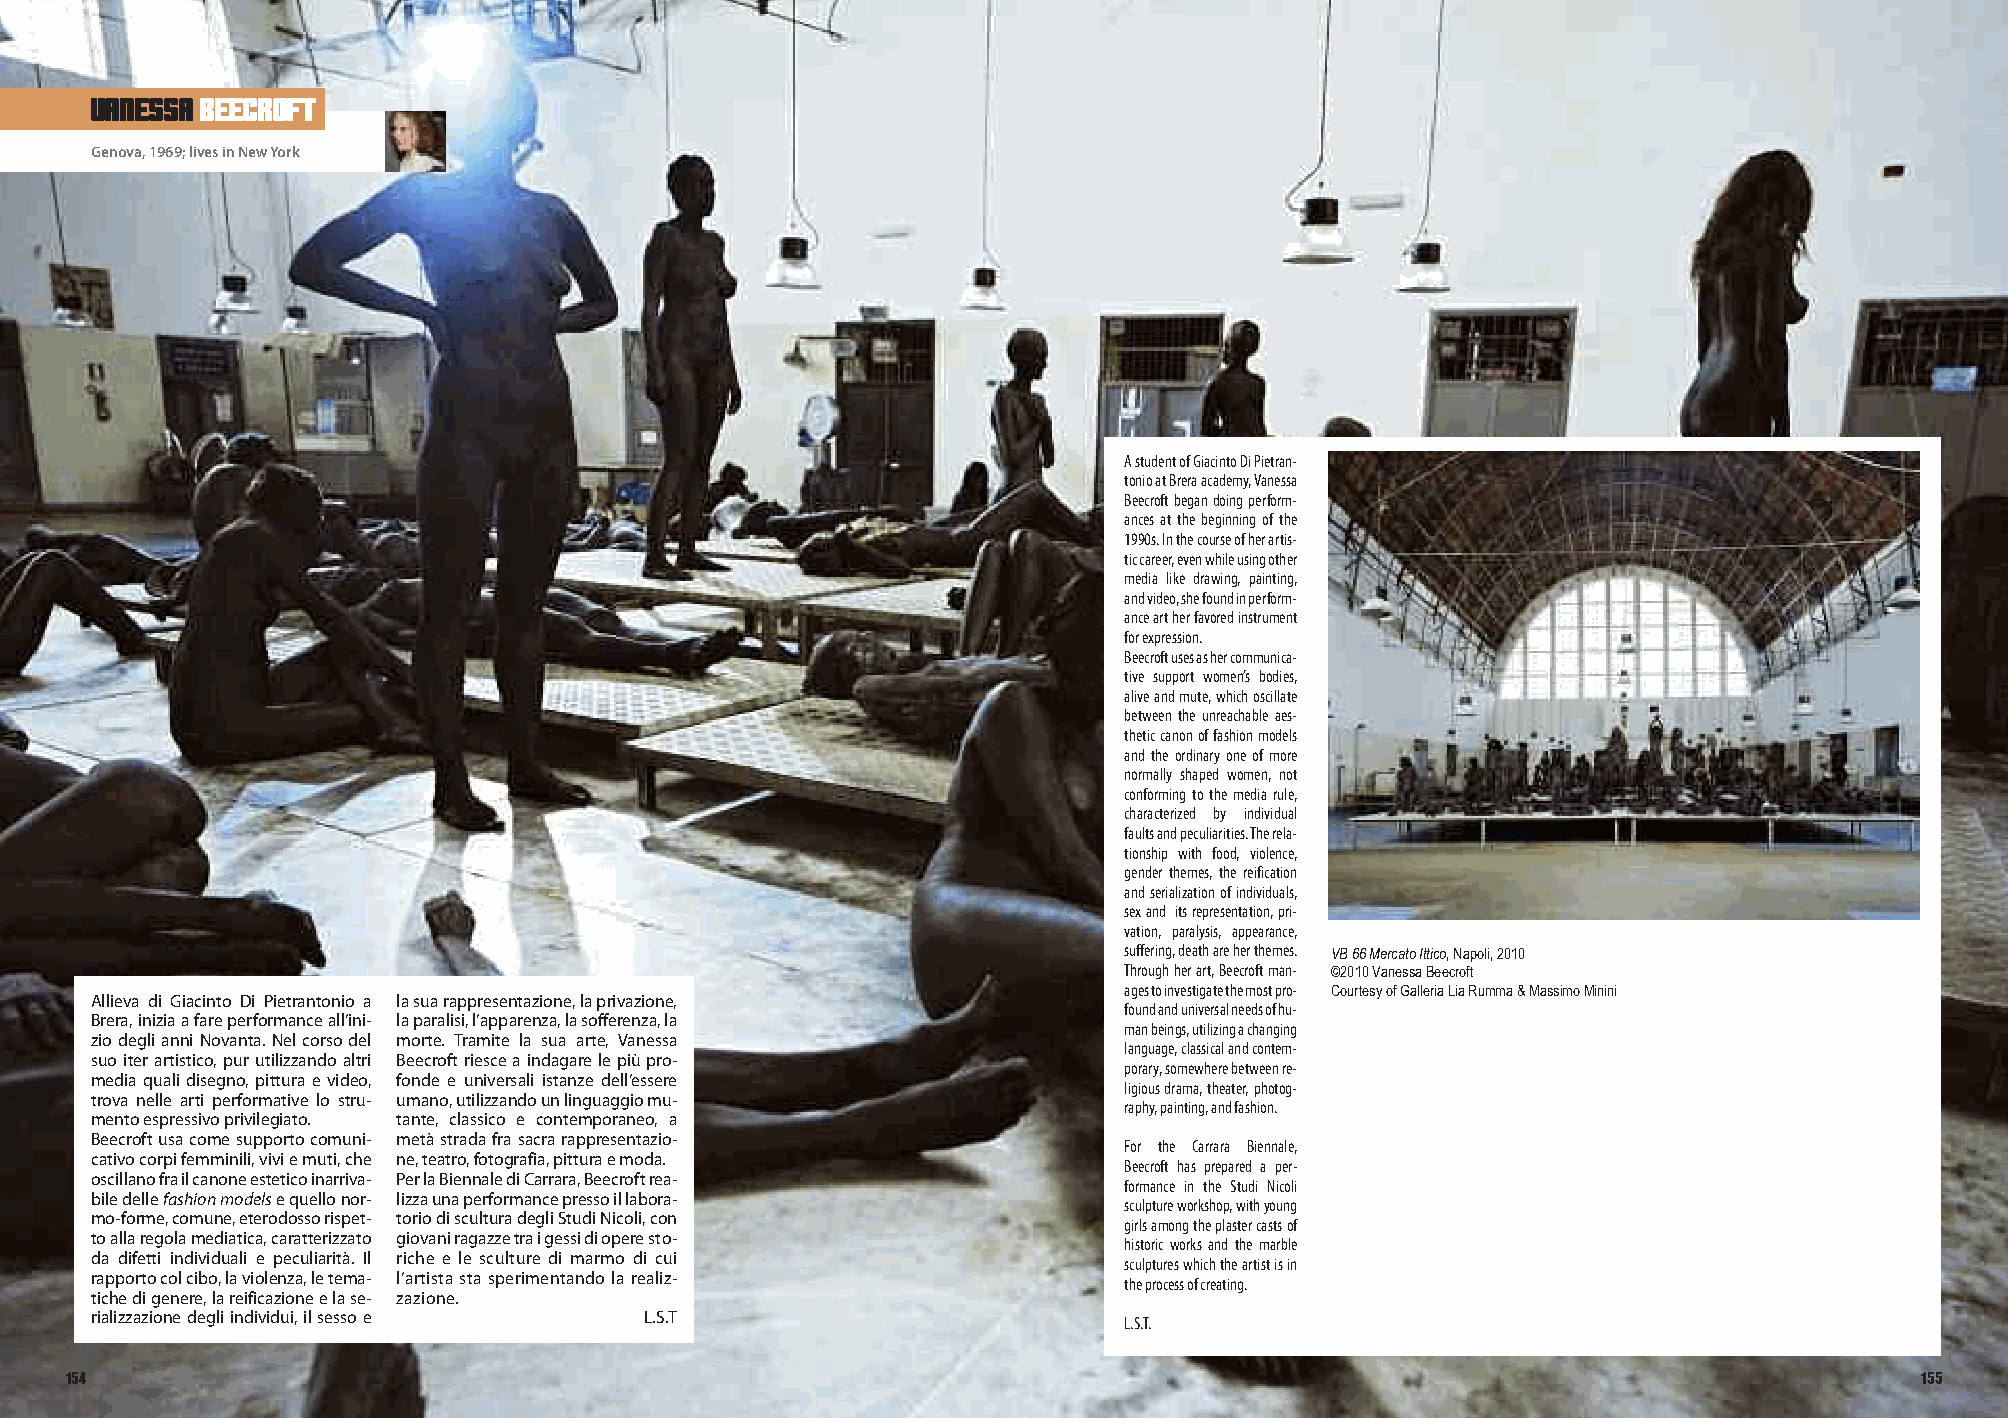
vanessa beecroft
 Genova,1969;livesinNewYork
 AstudentofGiacintoDiPietran-
 tonioatBreraacademy,Vanessa
 Beecroftbegandoingperform-
 ancesatthebeginningofthe
 1990s.Inthecourseofherartis-
 ticcareer,evenwhileusingother
 media like drawing, painting,
 andvideo,shefoundinperform-
 anceartherfavoredinstrument
 forexpression.
 Beecroftusesashercommunica-
 tive support women’s bodies,
 aliveandmute,whichoscillate
 between the unreachable aes-
 theticcanonoffashionmodels
 andtheordinaryoneofmore
 normally shaped women, not
 conformingtothemediarule,
 characterized by individual
 faultsandpeculiarities.Therela-
 tionship with food, violence,
 gender themes, the reification
 andserializationofindividuals,
 sexand itsrepresentation,pri-
 vation, paralysis, appearance,
 suffering,deathareherthemes.
 VB66MercatoIttico,Napoli,2010
 Throughherart,Beecroftman-
 ©2010VanessaBeecroft
 agestoinvestigatethemostpro-
 Allieva di Giacinto Di Pietrantonio a lasuarappresentazione,laprivazione,         CourtesyofGalleriaLiaRumma&MassimoMinini
 foundanduniversalneedsofhu-
 Brera,iniziaafareperformanceall’ini- laparalisi,l’apparenza,lasofferenza,la
 manbeings,utilizingachanging
 ziodeglianniNovanta.Nelcorsodel morte. Tramite la sua arte, Vanessa
 language,classicalandcontem-
 suo iter artistico, pur utilizzando altri Beecroftriesceaindagarelepiùpro-
 porary,somewherebetweenre-
 media quali disegno, pittura e video, fonde e universali istanze dell’essere
 ligiousdrama,theater,photog-
 trova nelle arti performative lo stru- umano,utilizzandounlinguaggiomu-
 raphy,painting,andfashion.
 mentoespressivoprivilegiato. tante, classico e contemporaneo, a
 Beecroftusacomesupportocomuni- metàstradafrasacrarappresentazio-
 For the Carrara Biennale,
 cativocorpifemminili,viviemuti,che ne,teatro,fotografia,pitturaemoda.
 Beecroft has prepared a per-
 oscillanofrailcanoneesteticoinarriva- PerlaBiennalediCarrara,Beecroftrea-
 formance in the Studi Nicoli
 biledellefashionmodelsequellonor- lizzaunaperformancepressoillabora-
 sculptureworkshop,withyoung
 mo-forme,comune,eterodossorispet- toriodisculturadegliStudiNicoli,con
 girlsamongtheplastercastsof
 toallaregolamediatica,caratterizzato giovaniragazzetraigessidioperesto- historic works and the marble
 da difetti individuali e peculiarità. Il riche e le sculture di marmo di cui sculptureswhichtheartistisin
 rapportocolcibo,laviolenza,letema- l’artistastasperimentandolarealiz- theprocessofcreating.
 tichedigenere,lareificazioneelase- zazione.
 rializzazionedegliindividui,ilsessoe L.S.T                          L.S.T.
 154                                                                                                                        155